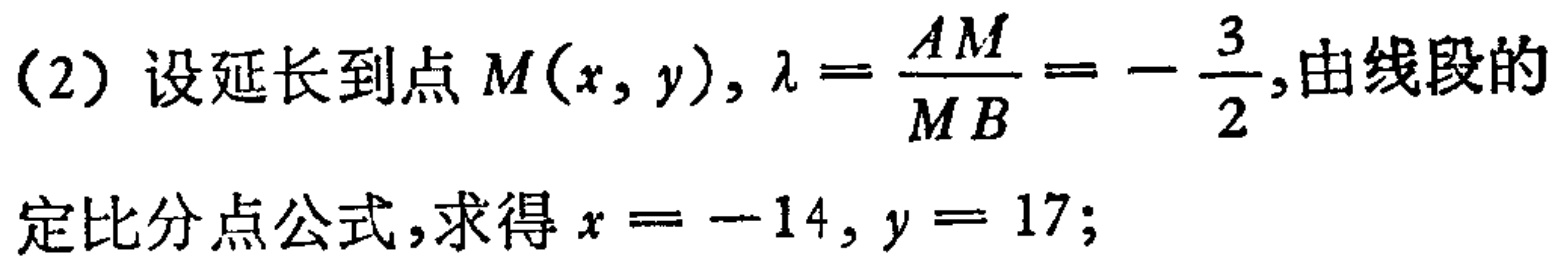
（2）设延长到点\(M(x,y)\)，\(\lambda = \frac{AM}{MB}=-\frac{3}{2}\)，由线段的定比分点公式，求得\(x = - 14,y = 17\);